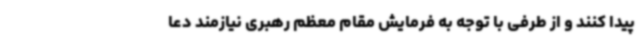
پیدا کنند و از طرفی با توجه به فرمایش مقام معظم رهبری نیازمند دعا